Memorandum on the prevention of leprosy by segregation of the affected
Disease focus: Leprosy
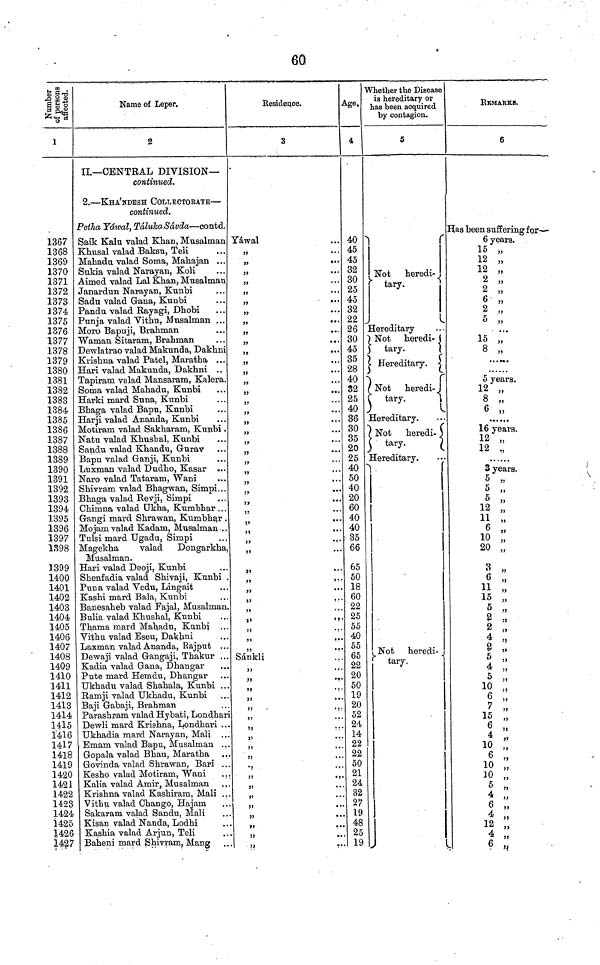
60
1
1367
1368
1369
1370
1371
1372
1373
1374
1375
1376
1377
1378
1379
1380
1381
1382
1383
1384
1385
1386
1387
1388
1389
1390
1391
1392
1393
1394
1395
1396
1397
1398
1399
1400
1401
1402
1403
1404
1405
1406
1407
1408
1409
1410
1411
1412
1413
1414
1415
1' 416
1417
1418
1419
1420
1421
1422
1423
1424
1425
1426
1427
Name of Leper.
2
II.— CENTRAL DIVISION—
continued.
2. — KHA'NDESH COLLECTORATE —
continued.
Petha Yáwal, Táluka Sávda — contd.
Saik Kalu valad Khan, Musalman
Khusal valad Baksu, Teli
Mahadu valad Soma, Mahajan ...
Sukia valad Narayan, Koli
Aimed valad Lal Khan, Musalman
Janardun Narayan, Kunbi
Sadu valad Gana, Kunbi
Pandu valad Rayagi, Dhobi
Punja valad Vithu, Musalman ...
Moro Bapuji, Brahman
Woman Sitaram, Brahman
Dewlatrao valad Makunda, Dakhni
Krishna valad Patel, Maratha ...
Hari valad Makunda, Dakhni ..
Tapiram valad Mansaram, Kalera.
Soma valad Mahadu, Kunbi
Harki mard Suna, Kunbi
Bhaga valad Bapu, Kunbi
Harji valad Ananda, Kunbi
Motiram valad Sakharam, Kunbi .
Natu valad Khushal, Kunbi
Sandu valad Khandu, Gurav
Bapu valad Ganji, Kunbi
Luxman valad Dudho, Kasar
Naro valad Tataram, Wani
Shivram valad Bhagwan, Simpi...
Bhaga valad Revji, Simpi
Chimna valad Ukha, Kumbhar . . .
Gangi mard Shrawan, Kumbhar .
Mojam valad Kadam, Musalman ..
Tulsi mard Ugadu, Simpi
Magekha
valad
Dongarkha,
Musalman.
Hari valad Deoji, Kunbi
Shenfadia valad Shivaji, Kunbi .
Puna valad Vedu, Lingait
Kashi mard Bala, Kunbi
Banesaheb valad Fajal, Musalman.
Bulia valad Khushal, Kunbi
Thama mard Mahadu, Kunbi ...
Vitchu valad Eseu, Dakhni
Laxman valad Ananda, Rajput ...
Dewaji valad Gangaji, Thakur ...
Kadia valad Gana, Dhangar
Pute mard Hemdu, Dhangar
Ukhadu valad Shahala, Kunbi ...
Ramji valad Ukhadu, Kunbi
Baji Gabaji, Brahman
Parashram valad Hybati, Londhari
Dewli mard Krishna, Londhari ...
Ukhadia mard Narayan, Mali ...
Emam valad Bapu, Musalman ...
Gopala valad Bhau, Maratha
Govinda valad Shrawan, Bari ...
Kesho valad Motiram, Wani
...
Kalia valad Amir, Musalman
Krishna valad Kashiram, Mali . . .
Vithu valad Chango, Hajam
Sakaram valad Sandu, Mali
Kisan valad Nanda, Lodhi
Kashia valad Arjun, Teli
Baheni mard Shivram, Mang
Residece.
3
Yáwal
"
"
,,
"
,,
,,
"
"
,,
,,
"
,,
,,
,,
"
"
,,
,,
"
,,
"
"
"
"
"
"
"
"
"
"
"
"
"
Sánkli
,,
"
,,
"
, ,
"
"
"
"
"
"
"
"
"
"
"
"
Age.
4
40
45
45
32
30
25
45
32
22
26
30
45
35
28
40
32
25
40
36
30
35
20
25
40
50
40
20
60
40
40
35
66
65
50
18
60
22
25
55
40
55
65
22
20
50
19
20
52
24
14
22
22
50
21
24
32
27
19
48
25
19
Whether the Disease
is hereditary or
has been acquired
by contagion.
5
Not
heredi-
tary.
Hereditary
Not heredi-
tary.
Hereditary.
Not
heredi-
tary.
Hereditary.
Not
heredi.
tary.
Hereditary.
Not heredi-
tary.
REMARKS.
6
Has been suffering for —
6 years.
15 „
12 „
12 „
2 ,
2 ,
6 ,
2 ,
5 ,
15 ,,"
8 „
5 years.
12 „
8 „
6 „
16 years.
12 ,
12 „
3 years.
5 „
5 „
5 „
77
12 „
11 "
6 „
10 „ 99
20 „
3 „
"
3
6 „
11 ,
15 „
5
2 "
2 ,
4
2 "
5
4 "
10
6 "
7 "
15 "
6 "
4 "
10 "
6 "
10
5 "
4 "
4
12 "
4 "
6